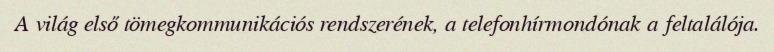
A világ első tömegkommunikációs rendszerének, a telefonhírmondónak a feltalálója.